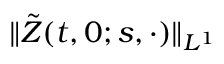
\| \tilde { Z } ( t , 0 ; s , \cdot ) \| _ { L ^ { 1 } }